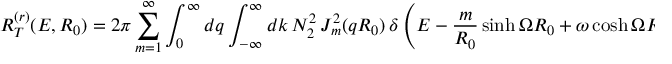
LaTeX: R _ { T } ^ { ( r ) } ( E , R _ { 0 } ) = 2 \pi \sum _ { m = 1 } ^ { \infty } \int _ { 0 } ^ { \infty } d q \int _ { - \infty } ^ { \infty } d k \, N _ { 2 } ^ { 2 } \, J _ { m } ^ { 2 } ( q R _ { 0 } ) \, \delta \left( E - \frac { m } { R _ { 0 } } \sinh \Omega R _ { 0 } + \omega \cosh \Omega R _ { 0 } \right) .